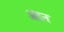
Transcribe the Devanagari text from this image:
अंदन